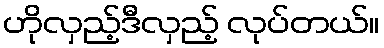
ဟိုလှည့်ဒီလှည့် လုပ်တယ်။